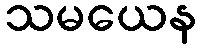
သမယေန